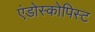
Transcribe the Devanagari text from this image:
एंडोस्कोपिस्ट